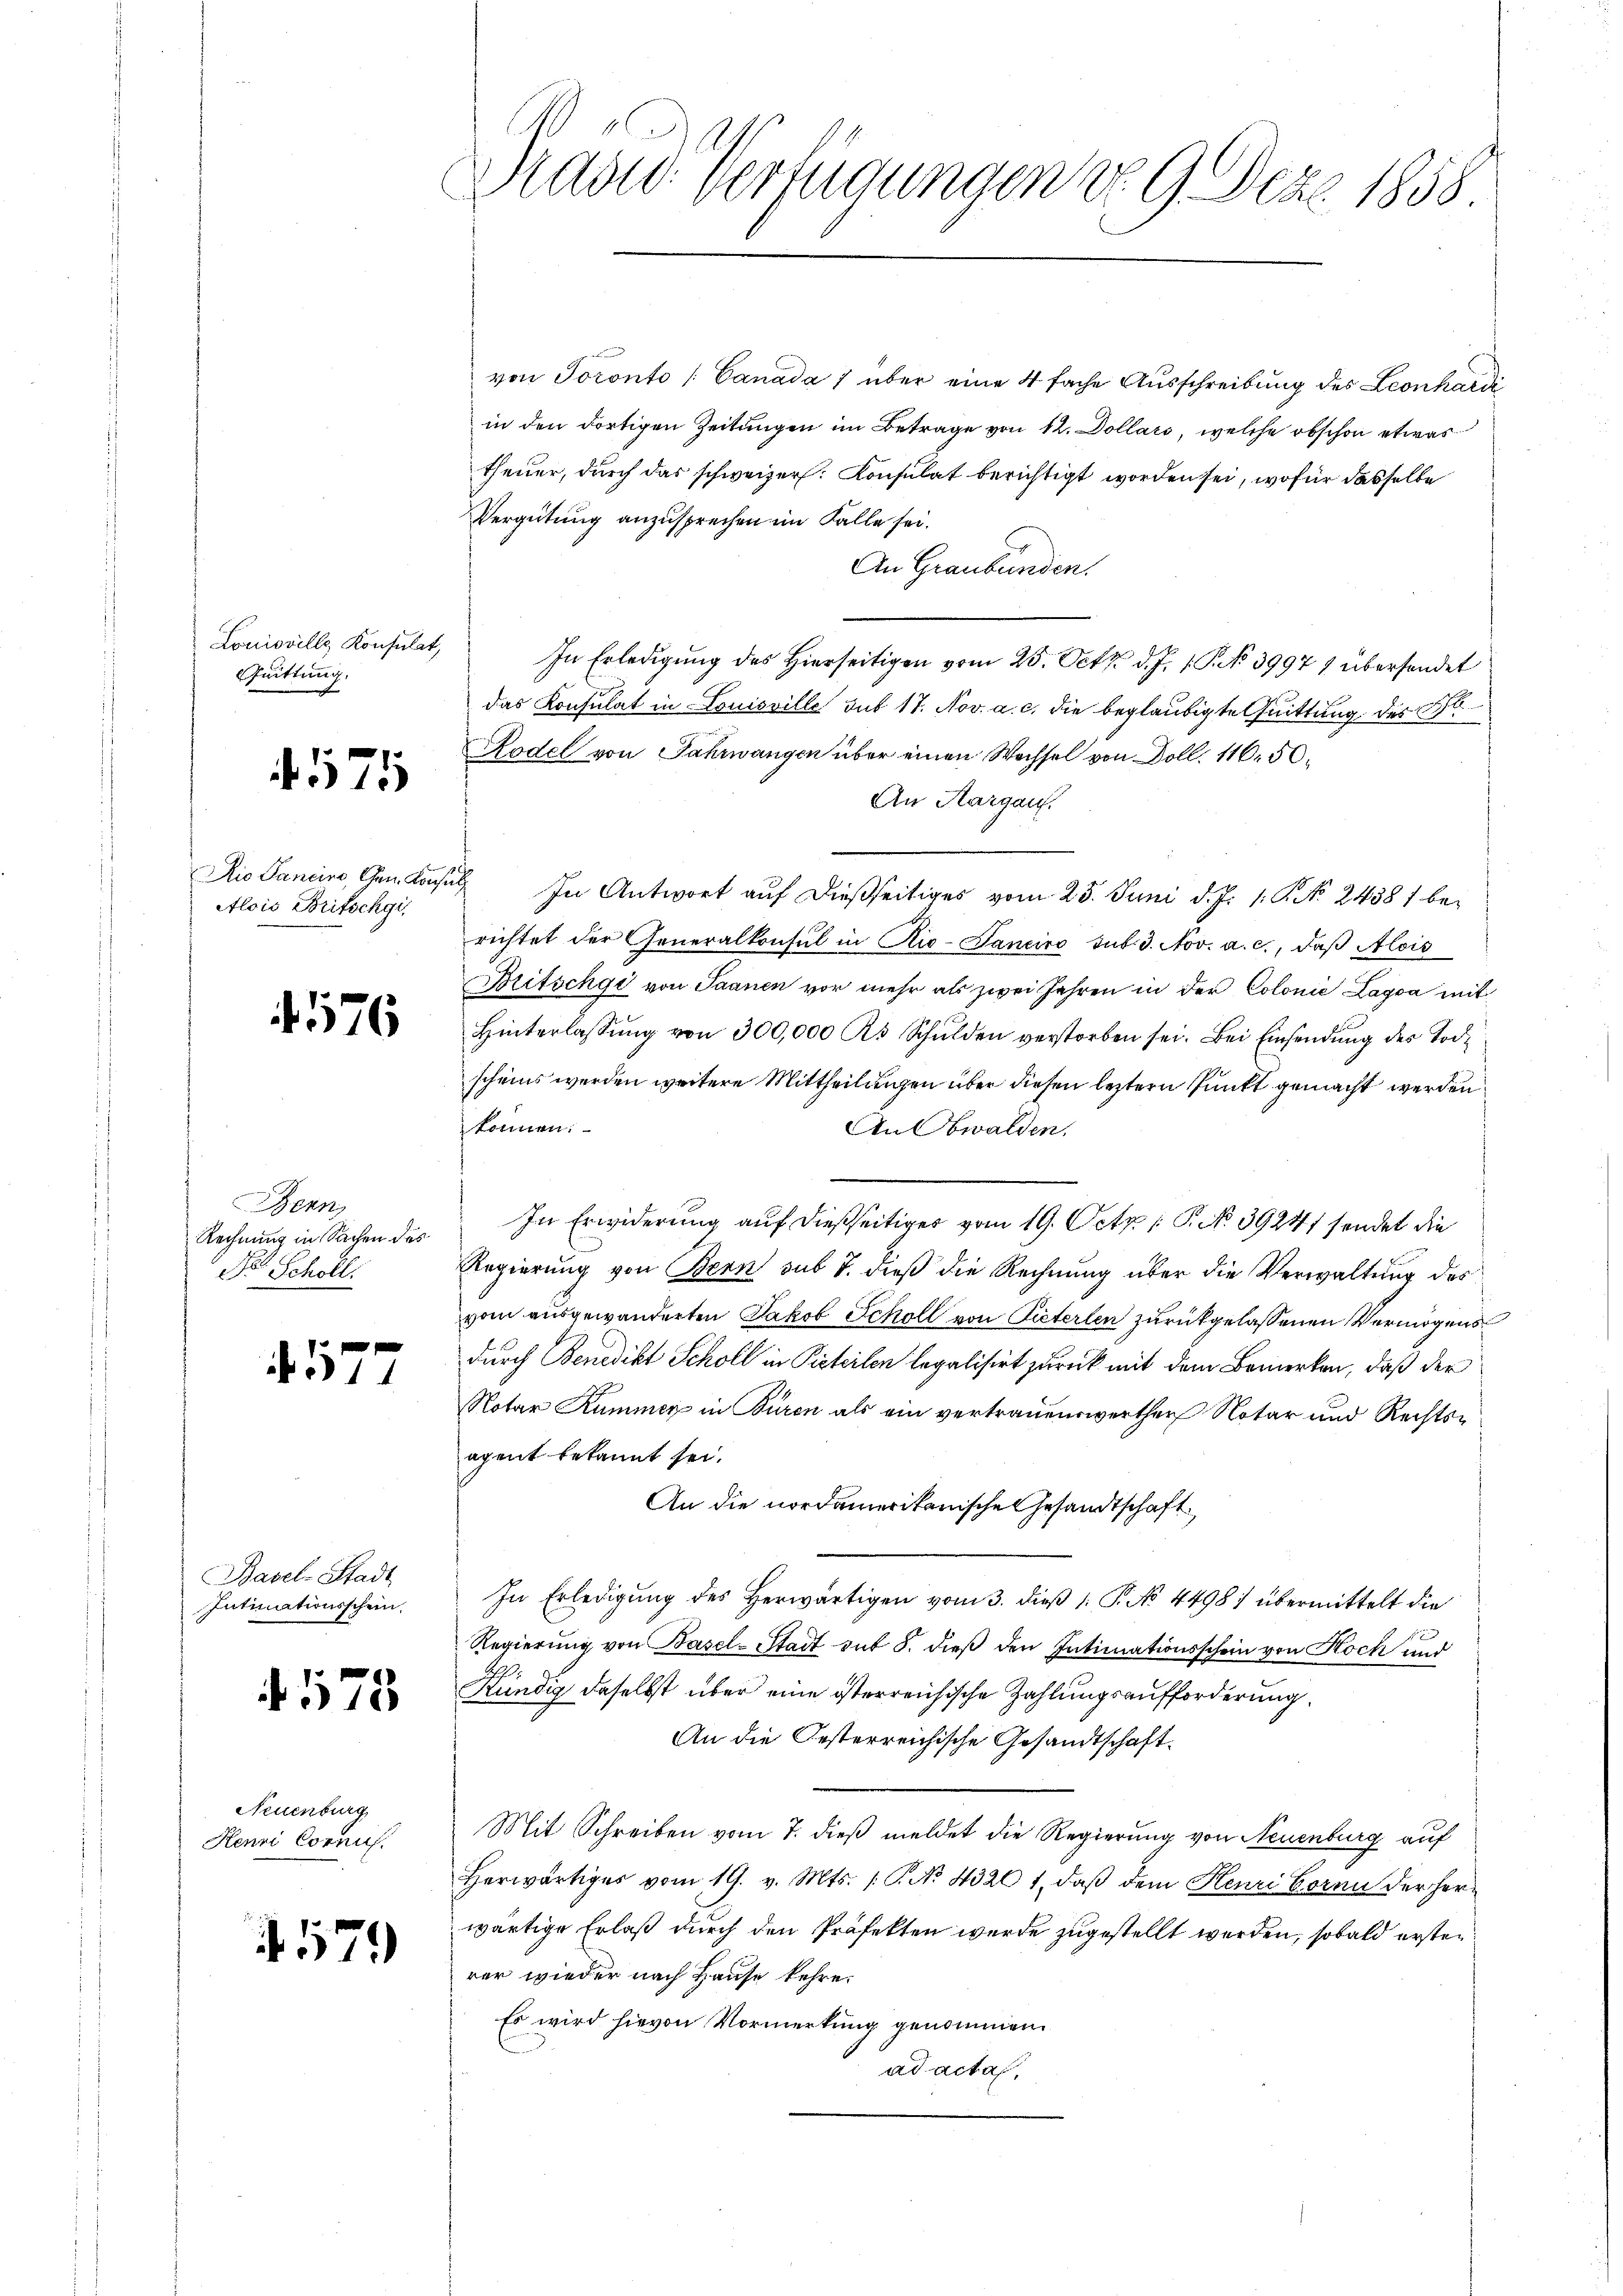
Louisville Konsulat,
Quittung.

41175

Alois Britschgi

4176

Bern,
Rechnung in Sachen des
Dr Scholl.

g
4511

Basel-Stadt
Intimationsschein

. 578.

Neuenburg
Henri Cornis.

4579

rades Verfügungen d. 9. Dez. 1858

von Toronto (Canada 1 über eine 4 fache Ausschreibung des Leonhardi
in den dortigen Zeitungen im Betrage von 12. Dollars, welche obschon etwas
theuer, durch das schweizer. Konsulat berichtigt worden sei, wofür dasselbe
Vergütung anzusprechen im Falle sei.
An Graubünden.
In Erledigung des Hierseitigen vom 25. Oct. d. J. P. No 3997) übersendet
das Konsulat in Louisville sub 17. Nov. a. c. die beglaubigte Quittung des Gl
Rodel von Jahrwangen über einen Wechsel von Doll. 116. 50.
An Aargau.
Aio Sancino, Gem. Konsul In Antwort auf dießseitiges vom 25. Juni d. J. 1. P. NNo. 24381 berichtet der Generalkonsul in Rio-Tanciro sub. 3. Nov. a. c., daß Alois
Britschgi von Saanen vor mehr als zwei Jahren in der Colonie Lagva mit
Hinterlassŭng von 300,000 as Schulden verstorben sei. Bei Einsendung des Tode
scheins werden weitere Mittheilungen über diesen leztern Punkt gemacht werden
können.
An Obwalden.
In Erwiderung auf dießseitiger vom 19. Octz  P. No. 39241 sendet die
Regierung von Bern sub 7. dieß die Rechnung über die Verwaltung des
vom ausgewanderten Jakob Scholl von Pieterlen zurückgelassenen Vermögens
durch Benedikt Scholl in Pisteilen legalisirt zurück mit dem Bemerken, daß der
Notar Kummer in Büren als ein vertrauenswerther Notar und Rechtsapent bekannt sei.
An die nordamerikanische Gesandtschaft.
In Erledigŭng des herwärtigen vom 3. dieβ 1. P. No. 4498) übermittelt die
Regierung von Basel-Stadt mit 8. dieß den Intimationsschein von Koch und
Kündig daselbst über eine österreichische Zahlungsaufforderung
An die Gesterreichische Gesandtschaft.
Mit Schreiben vom 7. dieß meldet die Regierung von Neuenburg auf
herwärtiges vom 19. v. Mts. 1. P. No. 4326 1, daβ dem Henri Bornn der her-
wärtige Erlaß durch den Präfekten wurde zugestellt werden, sobald ersten
rer wieder nach Hause kehre.
Es wird hievon Vormerkung genommen.
ad acta,